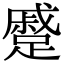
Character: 蹙